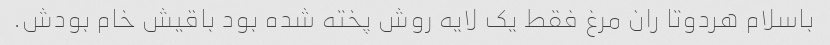
باسلام هردوتا ران مرغ فقط یک لایه روش پخته شده بود باقیش خام بودش.